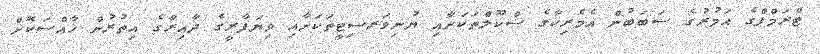
ޓްރަމްޕްގެ އަމުރުގެ ސަބަބުން އެމެރިކާގެ ސްކޫލްތަކަށާއި ޔުނިވަރސިޓީތަކަށާއި ވިޔަފާރީގެ ދާއިރާގެ އިތުރުން ޚާއްސަކޮށް